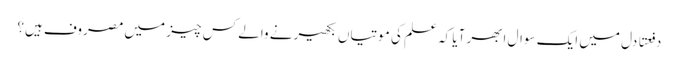
دفعتَا دل میں ایک سوال ابھر آیا کہ علم کی موتیاں بکھیرنے والے کس چیز میں مصروف ہیں؟